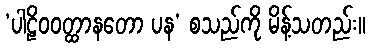
‘ပါဠိဝဝတ္ထာနတော ပန’ စသည်ကို မိန့်သတည်း။